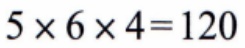
\(5\times6\times4 = 120\)